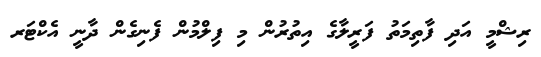
ރިޝްމީ އަދި ފާތިމަތު ފަރީލާގެ އިތުރުން މި ފިލްމުން ފެނިގެން ދާނީ އެކްޓަރ